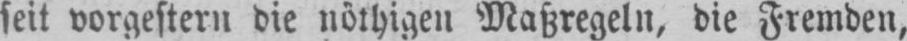
seit vorgestern die nöthigen Maßregeln, die Fremden,